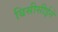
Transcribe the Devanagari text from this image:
बिसीसीईने